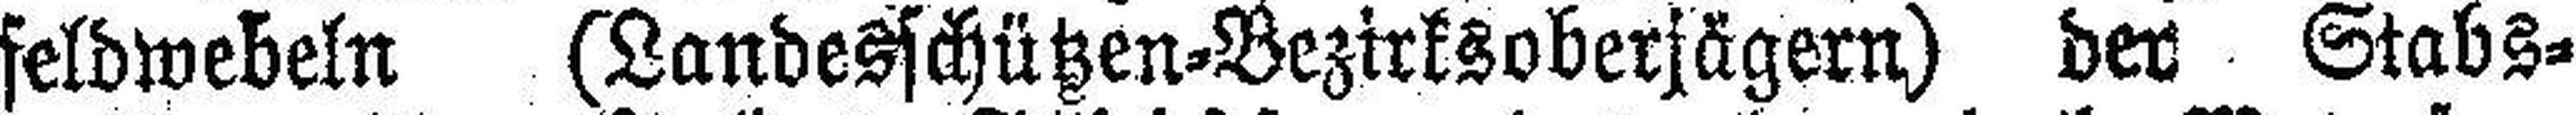
feldwebeln (Landesschützen-Bezirksoberjägern) der Stabs¬